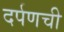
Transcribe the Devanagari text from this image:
दर्पणची